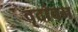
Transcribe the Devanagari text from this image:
वृदांवन